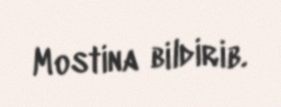
Mostina bildirib.